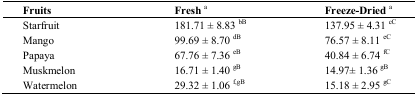
| Fruits | Fresh a | Freeze-Dried a |
 | --- | --- | --- |
 | Starfruit | 181.71 ± 8.83 bB | 137.95 ± 4.31 cC |
 | Mango | 99.69 ± 8.70 dB | 76.57 ± 8.11 eC |
 | Papaya | 67.76 ± 7.36 eB | 40.84 ± 6.74 fC |
 | Muskmelon | 16.71 ± 1.40 gB | 14.97± 1.36 gB |
 | Watermelon | 29.32 ± 1.06 f,gB | 15.18 ± 2.95 gC |